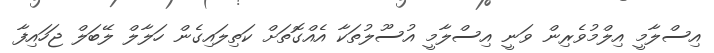
އިސްލާމީ އިލްމުވެރިން ވަނީ އިސްލާމީ އުސޫލުތަކާ އެއްގޮތަށް ކަތިލައިގެން ހަލާލް ލޭބަލް ޖަހައިފާ